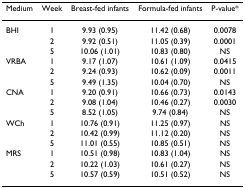
| Medium | Week | Breast-fed infants | Formula-fed infants | P-value* |
 | --- | --- | --- | --- | --- |
 | BHI | 1 | 9.93 (0.95) | 11.42 (0.68) | 0.0078 |
 |  | 2 | 9.92 (0.51) | 11.05 (0.39) | 0.0001 |
 |  | 5 | 10.06 (1.01) | 10.83 (0.80) | NS |
 | VRBA | 1 | 9.17 (1.07) | 10.61 (1.09) | 0.0415 |
 |  | 2 | 9.24 (0.93) | 10.62 (0.09) | 0.0011 |
 |  | 5 | 9.49 (1.35) | 10.04 (0.70) | NS |
 | CNA | 1 | 9.20 (0.91) | 10.66 (0.73) | 0.0143 |
 |  | 2 | 9.08 (1.04) | 10.46 (0.27) | 0.0030 |
 |  | 5 | 8.52 (1.05) | 9.74 (0.84) | NS |
 | WCh | 1 | 10.76 (0.91) | 11.25 (0.97) | NS |
 |  | 2 | 10.42 (0.99) | 11.12 (0.20) | NS |
 |  | 5 | 11.01 (0.55) | 10.85 (0.51) | NS |
 | MRS | 1 | 10.51 (0.98) | 10.83 (1.04) | NS |
 |  | 2 | 10.22 (1.03) | 10.61 (0.27) | NS |
 |  | 5 | 10.57 (0.59) | 10.51 (0.52) | NS |